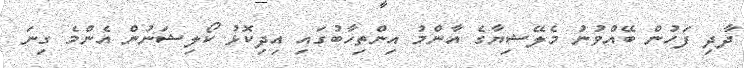
ދާދި ފަހުން ބޭއްވުނު މެލޭޝިޔާގެ އާންމު އިންތިހާބުގައި އިދިކޮޅު ކޯލިޝަނުން އެންމެ ގިނަ